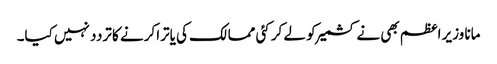
مانا وزیر اعظم بھی نے کشمیر کو لے کر کئی ممالک کی یاترا کرنے کا تردد نہیں کیا۔